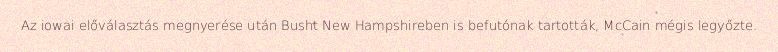
Az iowai előválasztás megnyerése után Busht New Hampshireben is befutónak tartották, McCain mégis legyőzte.